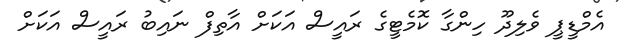
އެމްޑީޕީ ވެލިދޫ ހިންގާ ކޮމެޓީގެ ރައީސް އަކަށް އާތިފް ނައިބު ރައީސް އަކަށް